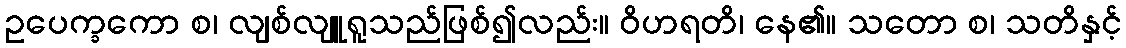
ဥပေက္ခကော စ၊ လျစ်လျူရူသည်ဖြစ်၍လည်း။ ဝိဟရတိ၊ နေ၏။ သတော စ၊ သတိနှင့်